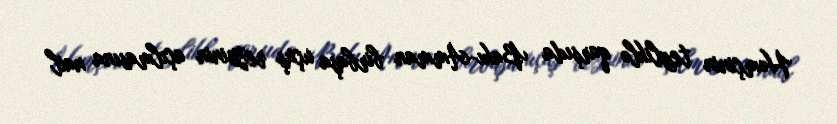
Həmçinin tezliklə qarşıda Bakı-Amman birbaşa uçuş reysinin açılmasına nail